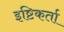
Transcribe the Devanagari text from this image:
इष्टिकर्ता